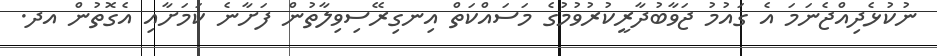
ނުކުޅެދިއްޖެނަމަ އެ ގައުމު ޖަވާބުދާރީކުރުވުމުގެ މަސައްކަތް އިނގިރޭސިވިލާތުން ފަށާނެ ކަމަށާއި އެގޮތުން އދ.